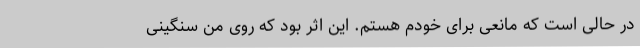
در حالی است که مانعی برای خودم هستم. این اثر بود که روی من سنگینی